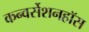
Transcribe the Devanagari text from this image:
कन्वर्सेशनहॉस